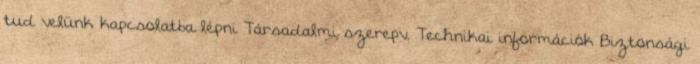
tud velünk kapcsolatba lépni Társadalmi szerepv. Technikai információk Biztonsági